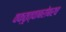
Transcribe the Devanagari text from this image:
वक्तृत्वाबरोबरच